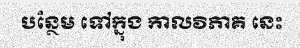
បន្ថែម ទៅក្នុង កាលវិភាគ នេះ